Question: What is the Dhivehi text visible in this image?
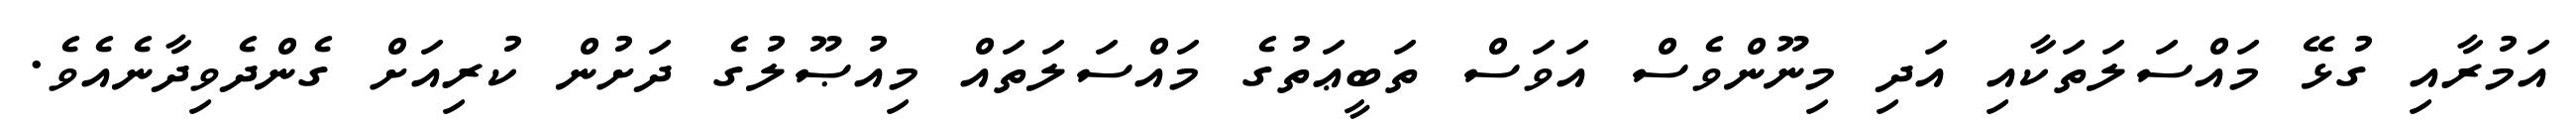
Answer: އަމުރާއި ގުޅޭ މައްސަލަތަކާއި އަދި މިނޫންވެސް އަވަސް ތަބީޢަތުގެ މައްސަލަތައް މިއުޞޫލުގެ ދަށުން ކުރިއަށް ގެންދެވިދާނެއެވެ.